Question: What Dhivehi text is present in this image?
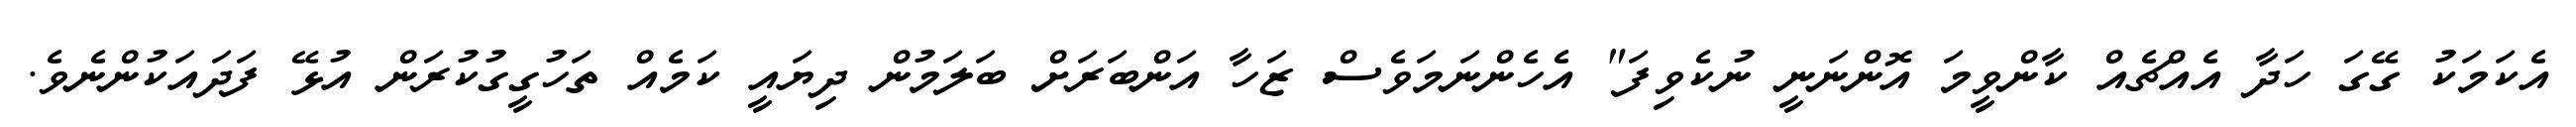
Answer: އެކަމަކު ގޭގަ ހަދާ އެއްޗެއް ކާންވީމަ އޮންނަނީ ނުކެވިފަ" އެހެންނަމަވެސް ޒަހާ އަންބަރަށް ބަލަމުން ދިޔައީ ކަމެއް ތަހުގީގުކުރަން އުޅޭ ފަދައަކުންނެވެ.